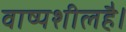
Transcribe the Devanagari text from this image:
वाष्पशीलहै।